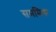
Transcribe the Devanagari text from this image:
सममिक